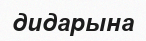
дидарына